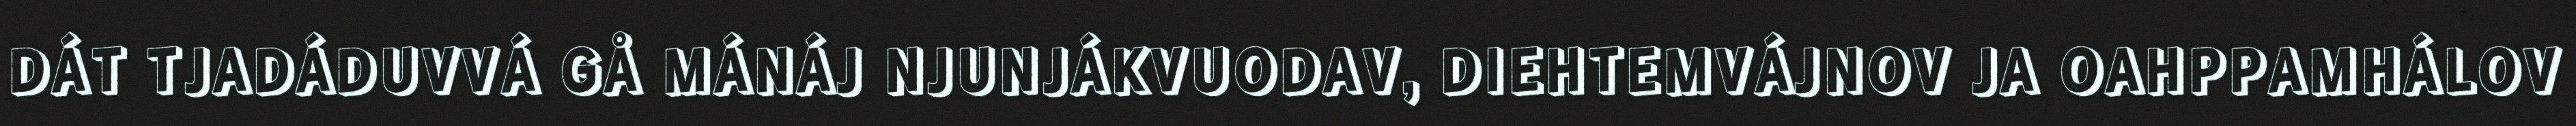
DÁT TJADÁDUVVÁ GÅ MÁNÁJ NJUNJÁKVUODAV, DIEHTEMVÁJNOV JA OAHPPAMHÁLOV